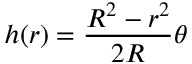
h ( r ) = \frac { R ^ { 2 } - r ^ { 2 } } { 2 R } \theta